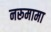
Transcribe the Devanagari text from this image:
नरूमामा